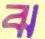
ঝ